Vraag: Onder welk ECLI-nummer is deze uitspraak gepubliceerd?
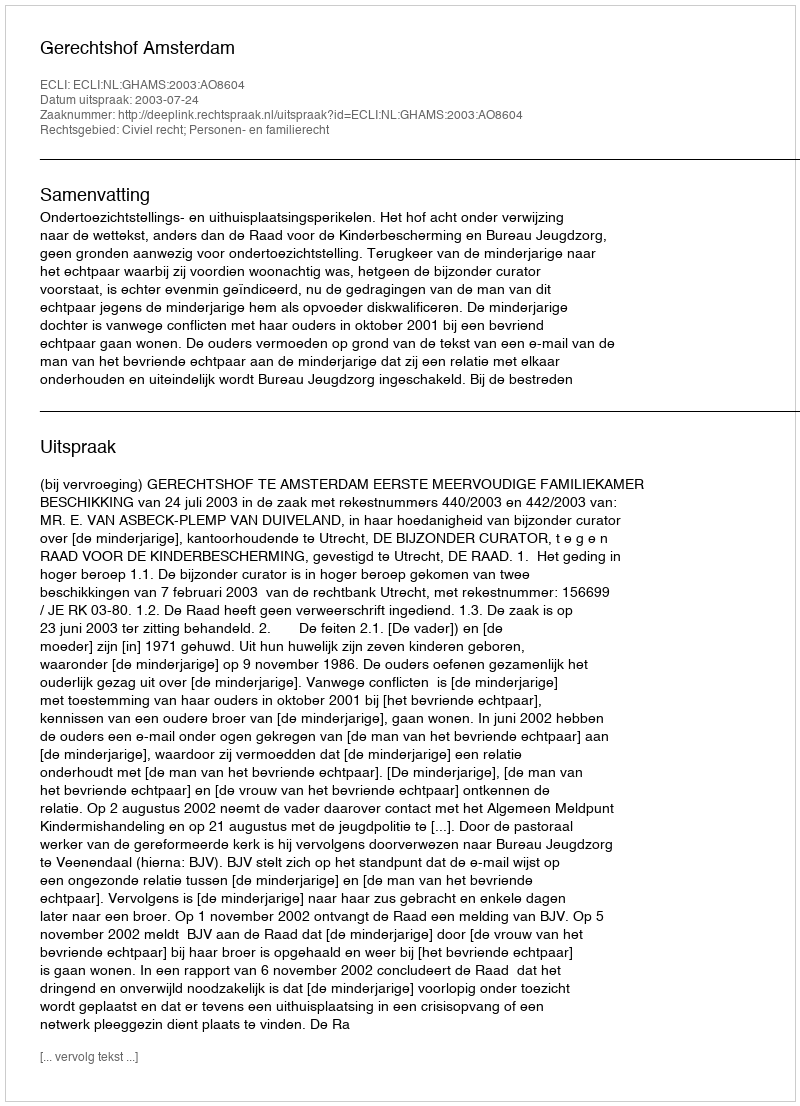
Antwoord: ECLI:NL:GHAMS:2003:AO8604